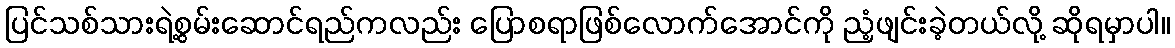
ပြင်သစ်သားရဲ့စွမ်းဆောင်ရည်ကလည်း ပြောစရာဖြစ်လောက်အောင်ကို ညံ့ဖျင်းခဲ့တယ်လို့ ဆိုရမှာပါ။